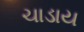
ચાડાય